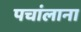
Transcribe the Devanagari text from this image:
पचांलाना